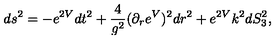
d s ^ { 2 } = - e ^ { 2 V } d t ^ { 2 } + { \frac { 4 } { g ^ { 2 } } ( } \partial _ { r } e ^ { V } ) ^ { 2 } d r ^ { 2 } + e ^ { 2 V } k ^ { 2 } d S _ { 3 } ^ { 2 } ,